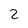
Character: 2